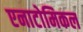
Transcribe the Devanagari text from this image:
एनाटोमिकल